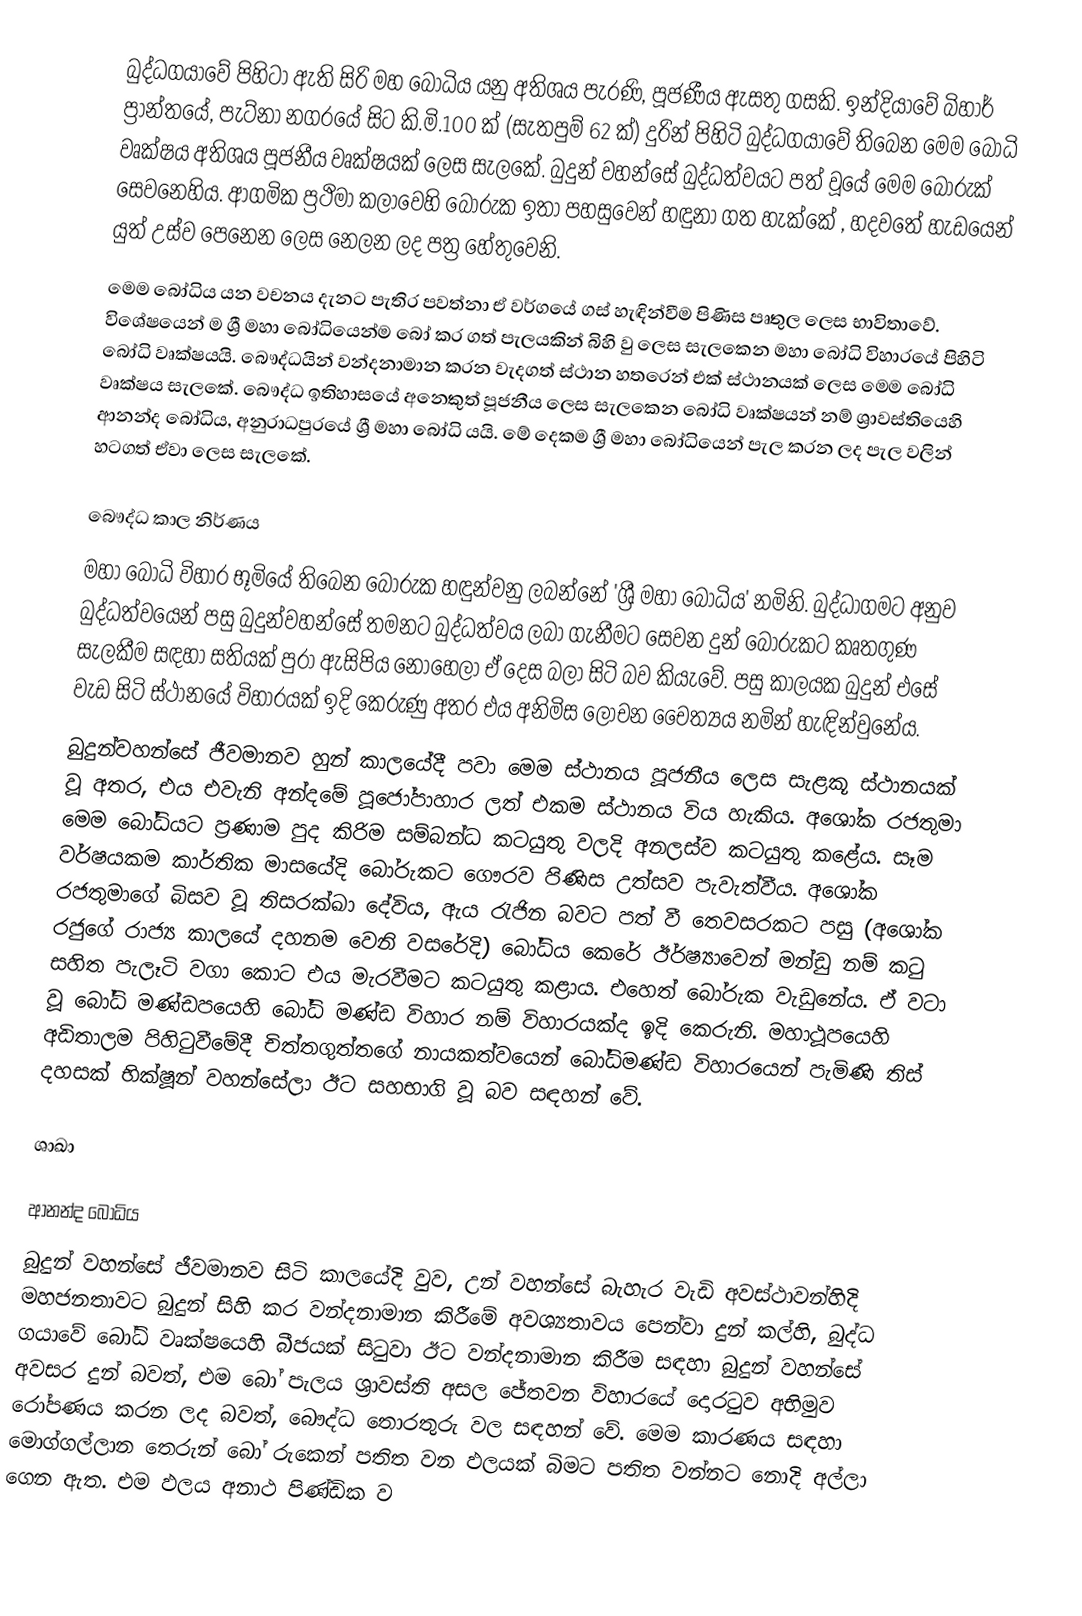
බුද්ධගයාවේ පිහිටා ඇති සිරි මහ බෝධිය යනු අතිශය පැරණි, පූජණීය ඇසතු ගසකි. ඉන්දියාවේ බිහාර් ප්‍රාන්තයේ, පැට්නා නගරයේ සිට කි.මි.100 ක් (සැතපුම් 62 ක්) දුරින් පිහිටි බුද්ධගයාවේ තිබෙන මෙම බෝධි වෘක්ෂය අතිශය පූජනීය වෘක්ෂයක් ලෙස සැලකේ. බුදුන් වහන්සේ බුද්ධත්වයට පත් වූයේ මෙම බෝරුක් සෙවනෙහිය. ආගමික ප්‍රථිමා කලාවෙහි බෝරුක ඉතා පහසුවෙන් හඳුනා ගත හැක්කේ , හදවතේ හැඩයෙන් යුත් උස්ව පෙනෙන ලෙස නෙලන ලද පත්‍ර හේතුවෙනි.
	මෙම බෝධිය යන වචනය දැනට පැතිර පවත්නා ඒ වර්ගයේ ගස් හැඳින්වීම පිණිස පෘතුල ලෙස භාවිතාවේ. විශේෂයෙන් ම ශ්‍රී මහා බෝධියෙන්ම බෝ කර ගත් පැලයකින් බිහි වු ලෙස සැලකෙන මහා බෝධි විහාරයේ පිහිටි බෝධි වෘක්ෂයයි. බෞද්ධයින් වන්දනාමාන කරන වැදගත් ස්ථාන හතරෙන් එක් ස්ථානයක් ලෙස මෙම බෝධි වෘක්ෂය සැලකේ. බෞද්ධ ඉතිහාසයේ අනෙකුත් පූජනීය ලෙස සැලකෙන බෝධි වෘක්ෂයන් නම් ශ්‍රාවස්තියෙහි ආනන්ද බෝධිය, අනුරාධපුරයේ ශ්‍රී මහා බෝධි යයි. මේ දෙකම ශ්‍රී මහා බෝධියෙන් පැල කරන ලද පැල වලින් හටගත් ඒවා ලෙස සැලකේ.

බෞද්ධ කාල නිර්ණය
	මහා බෝධි විහාර භූමියේ තිබෙන බෝරුක හඳුන්වනු ලබන්නේ 'ශ්‍රී මහා බෝධිය' නමිනි. බුද්ධාගමට අනුව බුද්ධත්වයෙන් පසු බුදුන්වහන්සේ තමනට බුද්ධත්වය ලබා ගැනීමට සෙවන දුන් බෝරුකට කෘතගුණ සැලකීම සඳහා සතියක් පුරා ඇසිපිය නොහෙලා ඒ දෙස බලා සිටි බව කියැවේ. පසු කාලයක බුදුන් එසේ වැඩ සිටි ස්ථානයේ විහාරයක් ඉදි කෙරුණු අතර එය අනිමිස ලෝචන චෛත්‍යය නමින් හැඳින්වුනේය.
	බුදුන්වහන්සේ ජීවමානව හුන් කාලයේදී පවා මෙම ස්ථානය පූජනීය ලෙස සැළකූ ස්ථානයක් වූ අතර, එය එවැනි අන්දමේ පූජෝපාහාර ලත් එකම ස්ථානය විය හැකිය. අශෝක රජතුමා මෙම බෝධියට ප්‍රණාම පුද කිරිම සම්බන්ධ කටයුතු වලදි අනලස්ව කටයුතු කළේය. සෑම වර්ෂයකම කාර්තික මාසයේදි බෝරුකට ගෞරව පිණිස උත්සව පැවැත්වීය. අශෝක රජතුමාගේ බිසව වූ තිසරක්ඛා දේවිය, ඇය රැජින බවට පත් වී තෙවසරකට පසු (අශෝක රජුගේ රාජ්‍ය කාලයේ දහනම වෙනි වසරේදි) බෝධිය කෙරේ ඊර්ෂ්‍යාවෙන් මන්ඩු නම් කටු සහිත පැලෑටි වගා කොට එය මැරවීමට කටයුතු කළාය. එහෙත් බෝරුක වැඩුනේය. ඒ වටා වූ බෝධි මණ්ඩපයෙහි බෝධි මණ්ඩ විහාර නම් විහාරයක්ද ඉදි කෙරුනි. මහාථූපයෙහි අඩිතාලම පිහිටුවීමේදී චිත්තගුත්තගේ නායකත්වයෙන් බෝධිමණ්ඩ විහාරයෙන් පැමිණි තිස් දහසක් භික්ෂූන් වහන්සේලා ඊට සහභාගි වූ බව සඳහන් වේ.

ශාඛා

ආනන්ද බෝධිය
	බුදුන් වහන්සේ ජීවමානව සිටි කාලයේදි වුව, උන් වහන්සේ බැහැර වැඩි අවස්ථාවන්හිදි මහජනතාවට බුදුන් සිහි කර වන්දනාමාන කිරීමේ අවශ්‍යතාවය පෙන්වා දුන් කල්හි, බුද්ධ ගයාවේ බෝධි වෘක්ෂයෙහි බීජයක් සිටුවා ඊට වන්දනාමාන කිරීම සඳහා බුදුන් වහන්සේ අවසර දුන් බවත්, එම බෝ පැලය ශ්‍රාවස්ති අසල ජේතවන විහාරයේ දොරටුව අභිමුව රෝපණය කරන ලද බවත්, බෞද්ධ තොරතුරු වල සඳහන් වේ. මෙම කාරණය සඳහා මොග්ගල්ලාන තෙරුන් බෝ රුකෙන් පතිත වන ඵලයක් බිමට පතිත වන්නට නොදි අල්ලා ගෙන ඇත. එම ඵලය අනාථ පිණ්ඩික ව